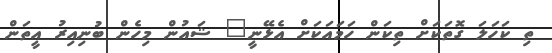
ތި ކަހަލަ ގޮތަކަށް ތިކަން ހަމައަކަށް އެޅޭނީ" ޝައުން މިހެން ބުނިއިރު އީތަން